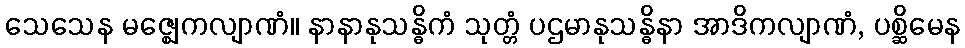
သေသေန မဇ္ဈေကလျာဏံ။ နာနာနုသန္ဓိကံ သုတ္တံ ပဌမာနုသန္ဓိနာ အာဒိကလျာဏံ, ပစ္ဆိမေန